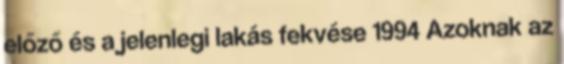
előző és a jelenlegi lakás fekvése 1994 Azoknak az